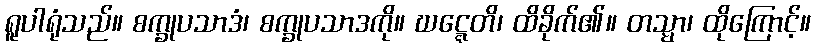
ရူပါရုံသည်။ စက္ခုပသာဒံ၊ စက္ခုပသာဒကို။ ဃဋ္ဋေတိ၊ ထိခိုက်၏။ တသ္မာ၊ ထိုကြောင့်။